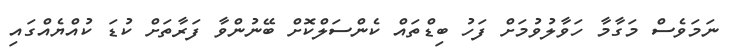
ނަމަވެސް މަގާމާ ހަވާލުވުމަށް ފަހު ބިޑްތައް ކެންސަލްކޮށް ބޭނުންވާ ފަރާތަށް ކުޑަ ކުއްޔެއްގައި